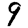
Digit: 9